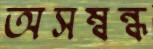
অসম্বন্ধ